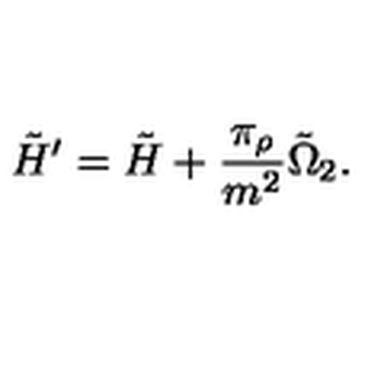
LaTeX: \tilde { H } ^ { \prime } = \tilde { H } + \frac { \pi _ { \rho } } { m ^ { 2 } } \tilde { \Omega } _ { 2 } .